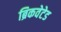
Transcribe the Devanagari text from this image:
ब्रिकवेटेड